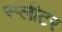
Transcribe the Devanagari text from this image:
स्प्लीटर